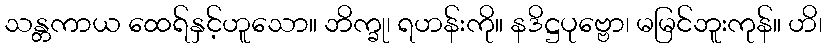
သန္တကာယ ထေရ်နှင့်ဟူသော။ ဘိက္ခု၊ ရဟန်းကို။ နဒိဋ္ဌပုဗ္ဗော၊ မမြင်ဘူးကုန်။ ဟိ၊